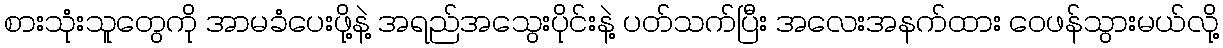
စားသုံးသူတွေကို အာမခံပေးဖို့နဲ့ အရည်အသွေးပိုင်းနဲ့ ပတ်သက်ပြီး အလေးအနက်ထား ဝေဖန်သွားမယ်လို့